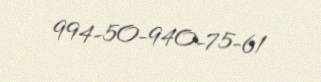
994-50-940-75-61